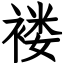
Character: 褛